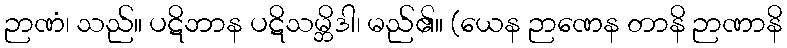
ဉာဏံ၊ သည်။ ပဋိဘာန ပဋိသမ္ဘိဒါ၊ မည်၏။ (ယေန ဉာဏေန တာနိ ဉာဏာနိ